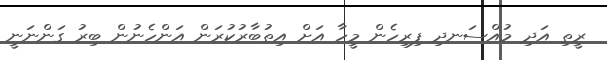
ރީތި އަދި މުއްސަނދި ފިރިހެން މީހާ އަށް އިތުބާރުކުރަން އަންހެނުން ބިރު ގަންނަނީ